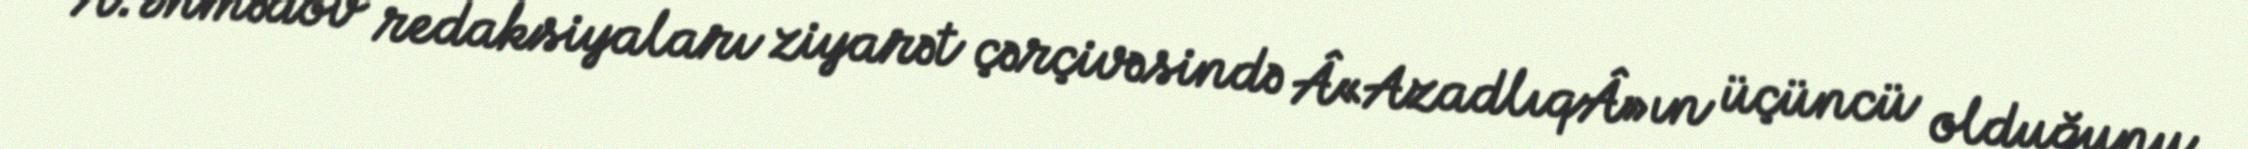
A.Əhmədov redaksiyaları ziyarət çərçivəsində Â«AzadlıqÂ»ın üçüncü olduğunu